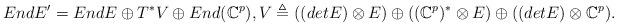
LaTeX: \begin{align*}EndE'=EndE\oplus T^{*}V\oplus End(\mathbb{C}^{p}), V\triangleq ((detE)\otimes E)\oplus((\mathbb{C}^{p})^{*}\otimes E)\oplus ((detE)\otimes\mathbb{C}^{p}). \end{align*}